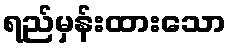
ရည်မှန်းထားသော